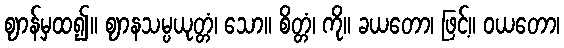
ဈာန်မှထ၍။ ဈာနသမ္ပယုတ္တံ၊ သော။ စိတ္တံ၊ ကို။ ခယတော၊ ဖြင့်။ ဝယတော၊